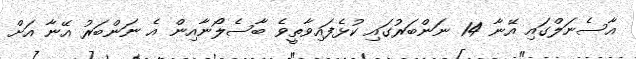
އާސެނަލްގައި އޭނާ 14 ނަންބަރުގައި ކުޅެފައިވާތީވެ ބާސެލޯނާއިން އެ ނަންބަރު އޭނާ އަށް